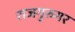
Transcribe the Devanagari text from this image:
राजगुरुगर